Piroplasma canis and its life cycle in the tick - Number 29
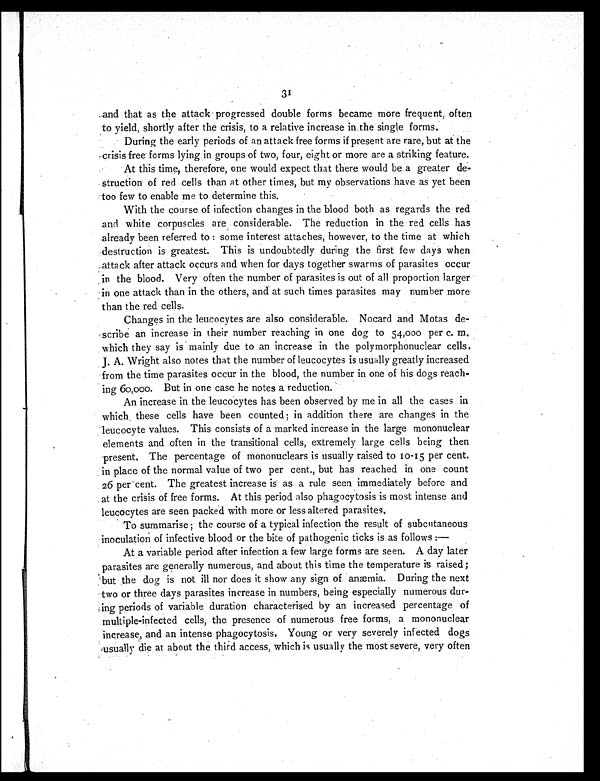
31
and that as the attack progressed double forms became more frequent, often
to yield, shortly after the crisis, to a relative increase in the single forms.
During the early periods of an attack free forms if present are rare, but at the
crisis free forms lying in groups of two, four, eight or more are a striking feature.
At this time, therefore, one would expect that there would be a greater de-
struction of red cells than at other times, but my observations have as yet been
too few to enable me to determine this.
With the course of infection changes in the blood both as regards the red
and white corpuscles are considerable. The reduction in the red cells has
already been referred to : some interest attaches, however, to the time at which
destruction is greatest. This is undoubtedly during the first few days when
attack after attack occurs and when for days together swarms of parasites occur
in the blood. Very often the number of parasites is out of all proportion larger
in one attack than in the others, and at such times parasites may number more
than the red cells.
Changes in the leucocytes are also considerable. Nocard and Motas de-
scribe an increase in their number reaching in one dog to 54,000 per c. m.
which they say is mainly due to an increase in the polymorphonuclear cells,
J. A. Wright also notes that the number of leucocytes is usually greatly increased
from the time parasites occur in the blood, the number in one of his dogs reach-
ing 60,000. But in one case he notes a reduction.
An increase in the leucocytes has been observed by me in all the cases in
which these cells have been counted; in addition there are changes in the
leucocyte values. This consists of a marked increase in the large mononuclear
elements and often in the transitional cells, extremely large cells being then
present. The percentage of mononuclears is usually raised to 10-15 per cent.
in place of the normal value of two per cent., but has reached in one count
26 per cent. The greatest increase is as a rule seen immediately before and
at the crisis of free forms. At this period also phagocytosis is most intense and
leucocytes are seen packed with more or less altered parasites.
To summarise ; the course of a typical infection the result of subcutaneous
inoculation of infective blood or the bite of pathogenic ticks is as follows :—
At a variable period after infection a few large forms are seen. A day later
parasites are generally numerous, and about this time the temperature is raised;
but the dog is not ill nor does it show any sign of anæmia. During the next
two or three days parasites increase in numbers, being especially numerous dur-
ing periods of variable duration characterised by an increased percentage of
multiple-infected cells, the presence of numerous free forms, a mononuclear
increase, and an intense phagocytosis. Young or very severely infected dogs
usually die at about the third access, which is usually the most severe, very often